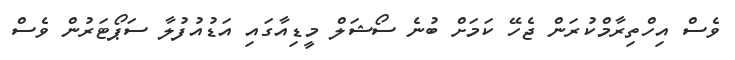
ވެސް އިހްތިރާމްކުރަން ޖެހޭ ކަމަށް ބުނެ ސޯޝަލް މީޑިއާގައި އަޑުއުފުލާ ސަޕޯޓަރުން ވެސް